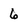
Character: 6